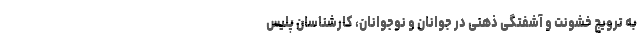
به ترویج خشونت و آشفتگی ذهنی در جوانان و نوجوانان، کارشناسان پلیس